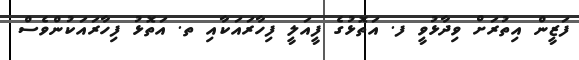
ފަޒީން އިތުރަށް ވިދާޅުވީ ފ. އަތޮޅުގެ ފީއަލީ ފިހާރައަކާއި ތ. އަތޮޅު ފިހާރައަކުންވެސް